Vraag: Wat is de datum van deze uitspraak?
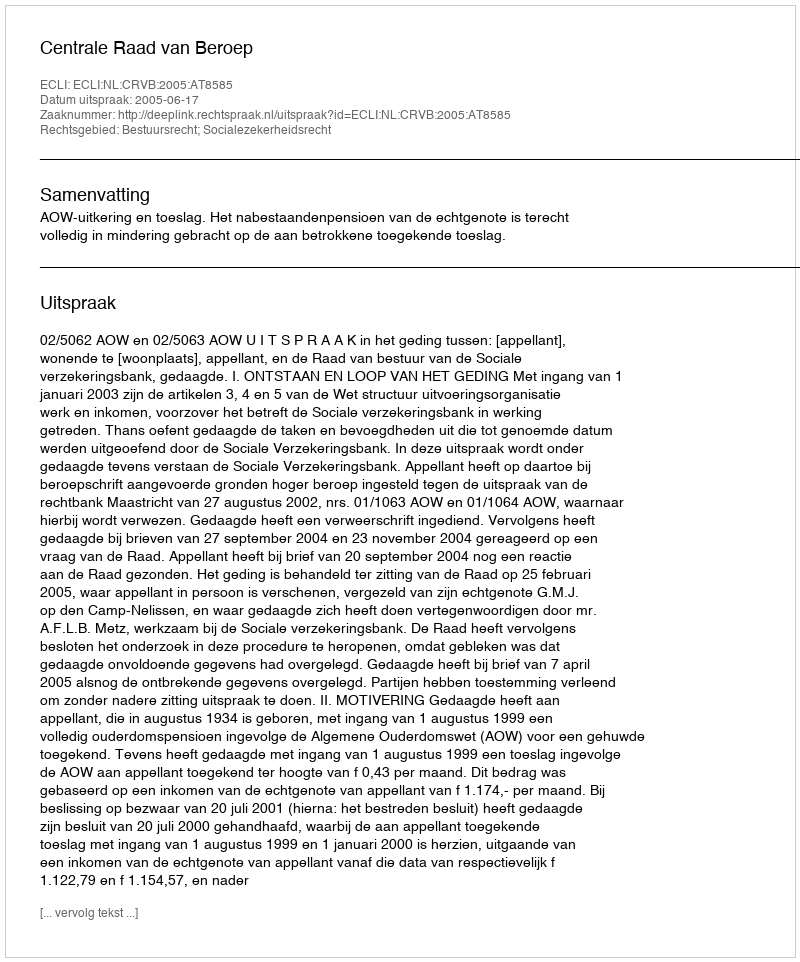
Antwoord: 2005-06-17